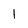
Character: 1